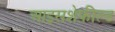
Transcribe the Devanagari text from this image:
आइसशेफ़ील्ड